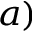
^ { a ) }